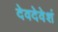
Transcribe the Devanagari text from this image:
देवदेवेशं